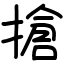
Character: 搶